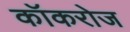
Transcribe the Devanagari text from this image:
कॉकरोज